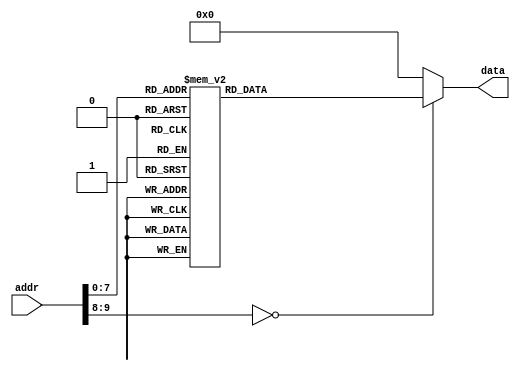
module texture(
addr,
data
);
input [9:0]addr;
output [7:0]data;

reg [7:0]data;

always@(addr)
begin
case(addr)
10'd0: data =  8'b00000000;//data of the t-rex(25x24)
10'd1: data =  8'b00000000;
10'd2: data =  8'b00000000;
10'd3: data =  8'b00000000;
10'd4: data =  8'b00000000;
10'd5: data =  8'b00000000;
10'd6: data =  8'b00000000;
10'd7: data =  8'b00000000;
10'd8: data =  8'b00000000;
10'd9: data =  8'b01000000;
10'd10: data =  8'b01000000;
10'd11: data =  8'b01100001;
10'd12: data =  8'b01110011;
10'd13: data =  8'b01111111;
10'd14: data =  8'b01111111;
10'd15: data =  8'b01111111;
10'd16: data =  8'b00111111;
10'd17: data =  8'b00011111;
10'd18: data =  8'b00001111;
10'd19: data =  8'b00000111;
10'd20: data =  8'b00000011;
10'd21: data =  8'b00000011;
10'd22: data =  8'b00000010;
10'd23: data =  8'b00000011;
10'd24: data =  8'b00000000;
10'd25: data =  8'b00000000;
10'd26: data =  8'b00000111;
10'd27: data =  8'b00001101;
10'd28: data =  8'b00001111;
10'd29: data =  8'b00001111;
10'd30: data =  8'b00001111;
10'd31: data =  8'b00001111;
10'd32: data =  8'b00001111;
10'd33: data =  8'b00001111;
10'd34: data =  8'b00011111;
10'd35: data =  8'b01111111;
10'd36: data =  8'b11111111;
10'd37: data =  8'b11111111;
10'd38: data =  8'b11111111;
10'd39: data =  8'b11111111;
10'd40: data =  8'b11111111;
10'd41: data =  8'b11111110;
10'd42: data =  8'b11111110;
10'd43: data =  8'b11111100;
10'd44: data =  8'b11111000;
10'd45: data =  8'b11011000;
10'd46: data =  8'b10001000;
10'd47: data =  8'b00001000;
10'd48: data =  8'b10001100;
10'd49: data =  8'b00000000;
10'd50: data =  8'b00000000;
10'd51: data =  8'b11111100;
10'd52: data =  8'b11111110;
10'd53: data =  8'b11111110;
10'd54: data =  8'b11111110;
10'd55: data =  8'b11111110;
10'd56: data =  8'b11111110;
10'd57: data =  8'b11000000;
10'd58: data =  8'b11111000;
10'd59: data =  8'b10000000;
10'd60: data =  8'b10000000;
10'd61: data =  8'b11100000;
10'd62: data =  8'b10100000;
10'd63: data =  8'b10000000;
10'd64: data =  8'b10000000;
10'd65: data =  8'b10000000;
10'd66: data =  8'b00000000;
10'd67: data =  8'b00000000;
10'd68: data =  8'b00000000;
10'd69: data =  8'b00000000;
10'd70: data =  8'b00000000;
10'd71: data =  8'b00000000;
10'd72: data =  8'b00000000;
10'd73: data =  8'b00000000;
10'd74: data =  8'b00000000;
10'd75: data =  8'b00000000;//data of the obstacle(28x16)
10'd76: data =  8'b00000011;
10'd77: data =  8'b00000011;
10'd78: data =  8'b00000011;
10'd79: data =  8'b00000011;
10'd80: data =  8'b00000011;
10'd81: data =  8'b00000011;
10'd82: data =  8'b00000011;
10'd83: data =  8'b01110011;
10'd84: data =  8'b01110011;
10'd85: data =  8'b01110011;
10'd86: data =  8'b01110011;
10'd87: data =  8'b01110011;
10'd88: data =  8'b01110011;
10'd89: data =  8'b01110011;
10'd90: data =  8'b01110011;
10'd91: data =  8'b01110011;
10'd92: data =  8'b01111111;
10'd93: data =  8'b00111111;
10'd94: data =  8'b00011111;
10'd95: data =  8'b00000011;
10'd96: data =  8'b00000011;
10'd97: data =  8'b00000011;
10'd98: data =  8'b00000011;
10'd99: data =  8'b00000011;
10'd100: data =  8'b00000011;
10'd101: data =  8'b00000011;
10'd102: data =  8'b00000011;
10'd103: data =  8'b00000000;
10'd104: data =  8'b11000000;
10'd105: data =  8'b11100000;
10'd106: data =  8'b11100000;
10'd107: data =  8'b11100000;
10'd108: data =  8'b11100000;
10'd109: data =  8'b11100000;
10'd110: data =  8'b11100110;
10'd111: data =  8'b11101110;
10'd112: data =  8'b11101110;
10'd113: data =  8'b11101110;
10'd114: data =  8'b11101110;
10'd115: data =  8'b11101110;
10'd116: data =  8'b11101110;
10'd117: data =  8'b11101110;
10'd118: data =  8'b11101110;
10'd119: data =  8'b11101110;
10'd120: data =  8'b11111100;
10'd121: data =  8'b11111000;
10'd122: data =  8'b11100000;
10'd123: data =  8'b11100000;
10'd124: data =  8'b11100000;
10'd125: data =  8'b11100000;
10'd126: data =  8'b11100000;
10'd127: data =  8'b11100000;
10'd128: data =  8'b11100000;
10'd129: data =  8'b11100000;
10'd130: data =  8'b11100000;
default: data =  8'b00000000;
endcase
end

endmodule